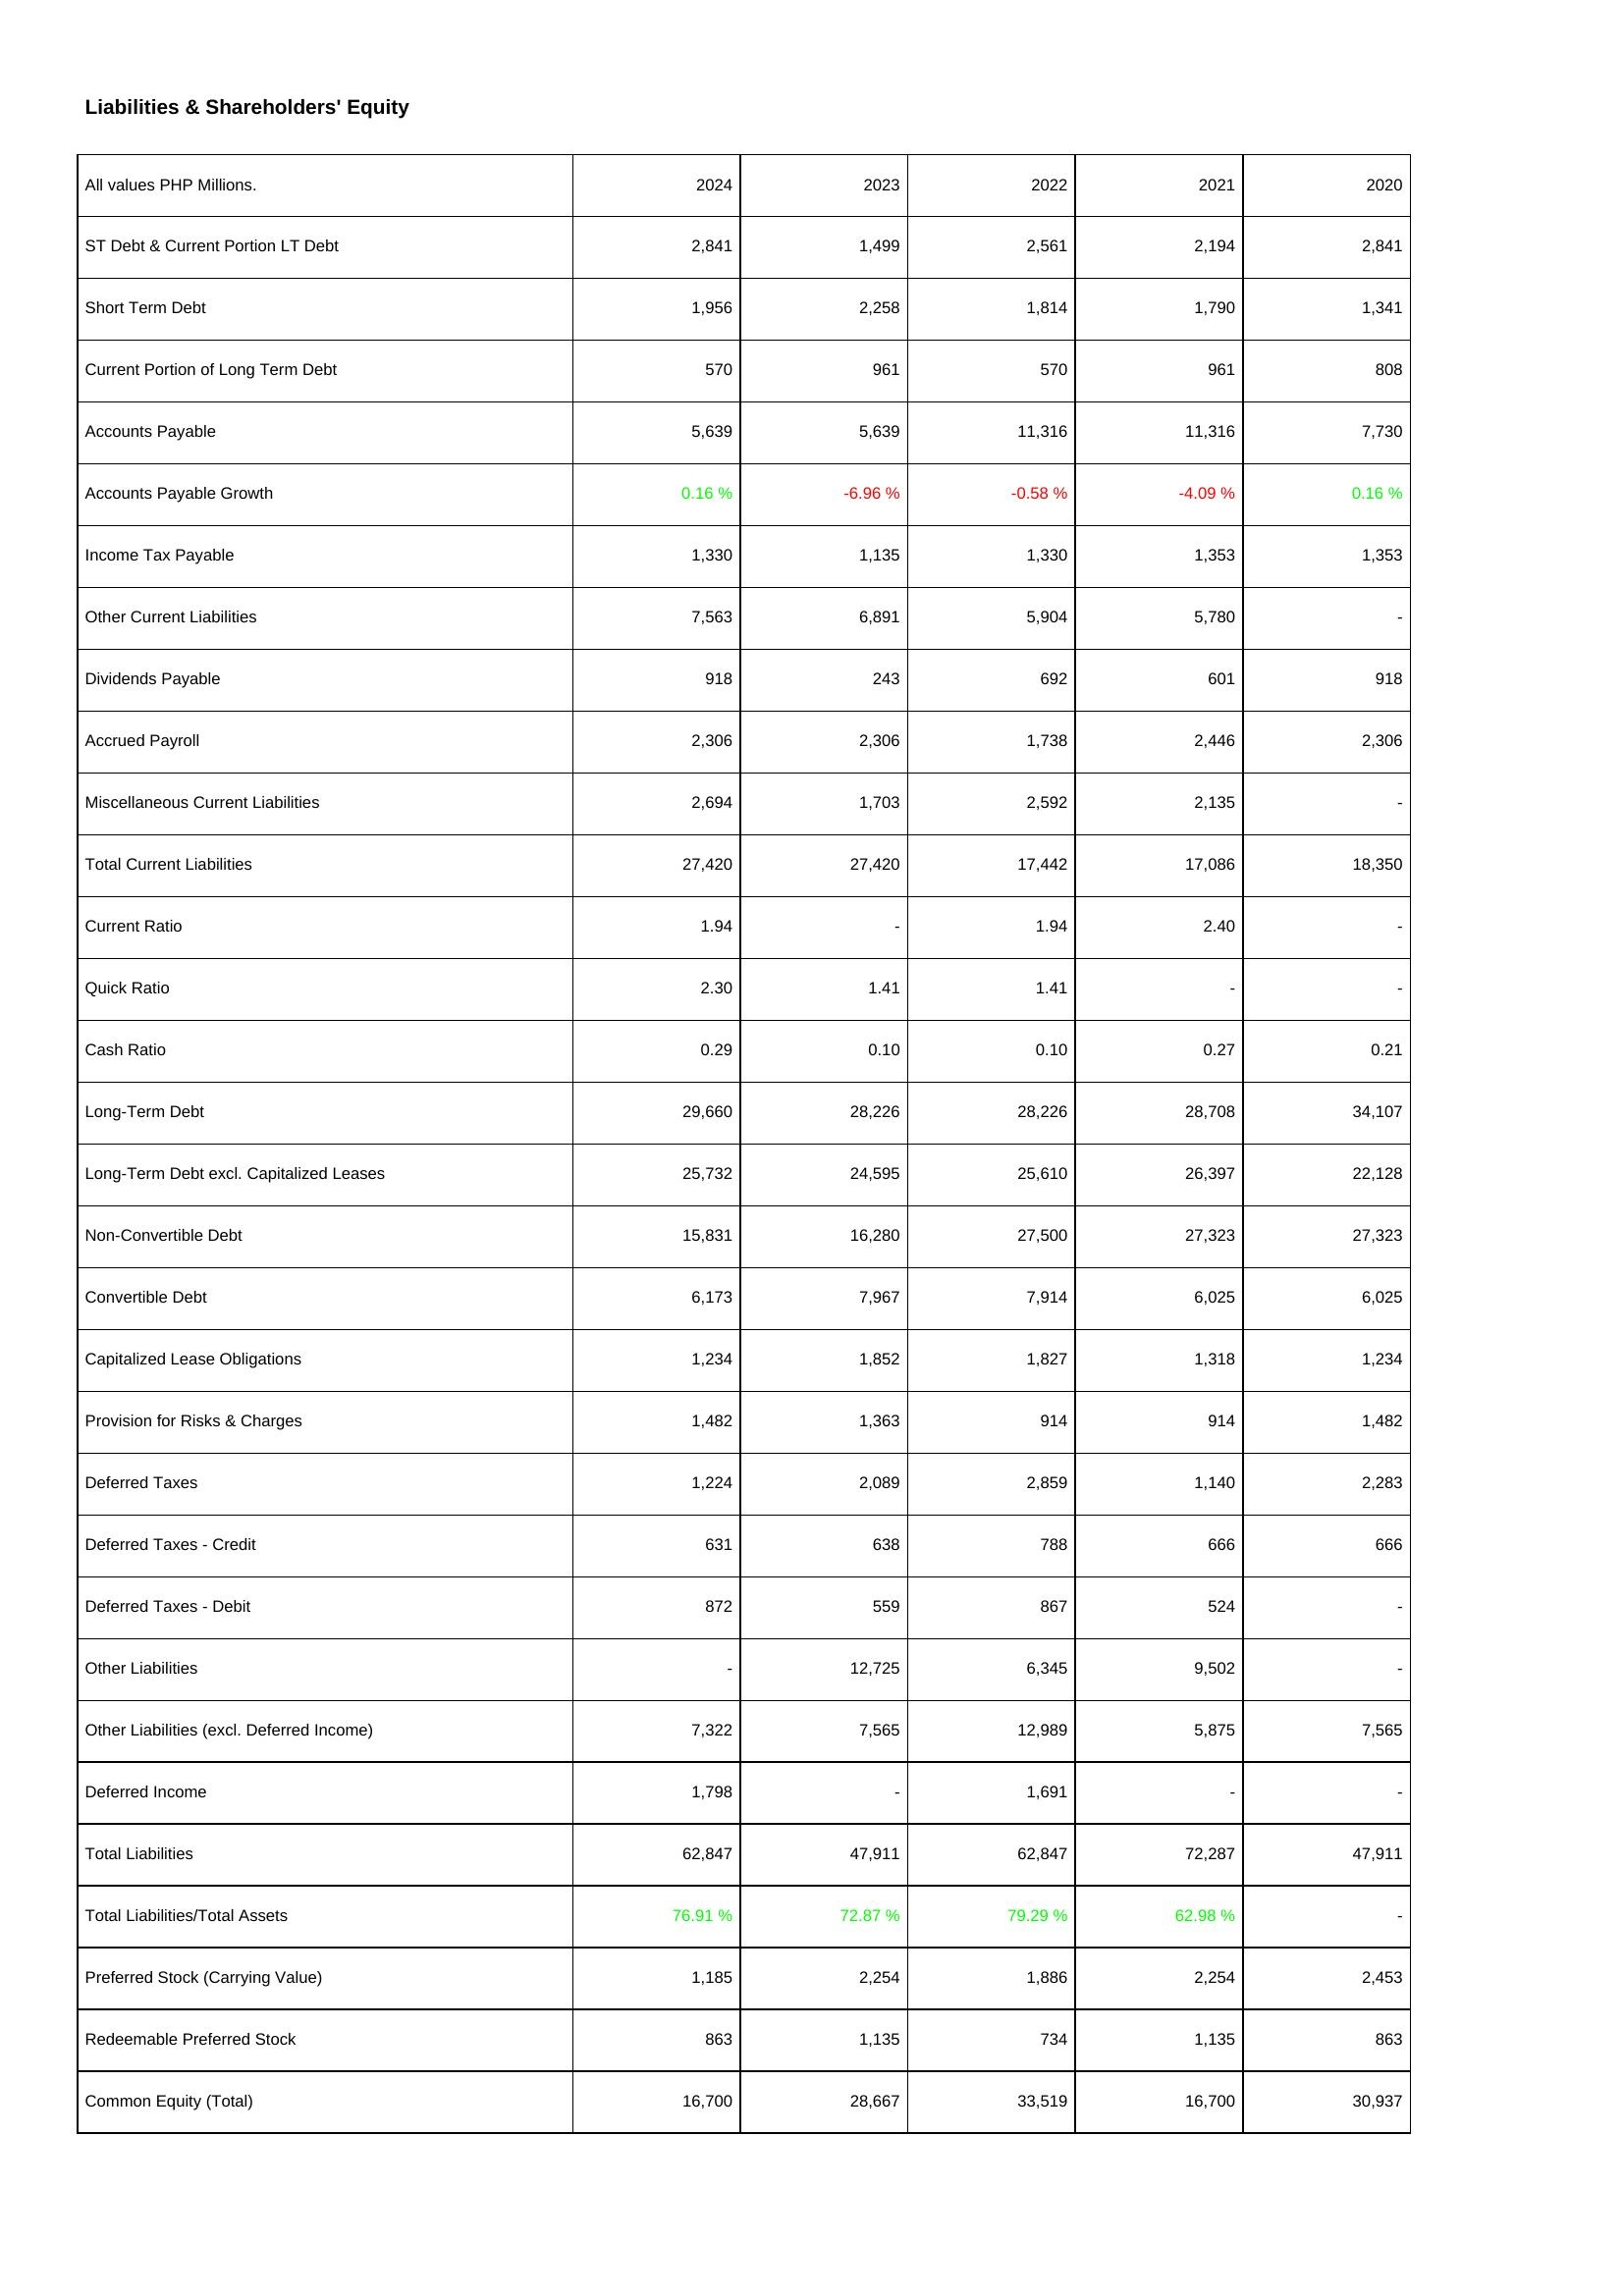
2024: Liabilities & Shareholders' Equity: ST Debt & Current Portion LT Debt: 2,841
Short Term Debt: 1,956
Current Portion of Long Term Debt: 570
Accounts Payable: 5,639
Accounts Payable Growth: 0.16 %
Income Tax Payable: 1,330
Other Current Liabilities: 7,563
Dividends Payable: 918
Accrued Payroll: 2,306
Miscellaneous Current Liabilities: 2,694
Total Current Liabilities: 27,420
Current Ratio: 1.94
Quick Ratio: 2.30
Cash Ratio: 0.29
Long-Term Debt: 29,660
Long-Term Debt excl. Capitalized Leases: 25,732
Non-Convertible Debt: 15,831
Convertible Debt: 6,173
Capitalized Lease Obligations: 1,234
Provision for Risks & Charges: 1,482
Deferred Taxes: 1,224
Deferred Taxes - Credit: 631
Deferred Taxes - Debit: 872
Other Liabilities: -
Other Liabilities (excl. Deferred Income): 7,322
Deferred Income: 1,798
Total Liabilities: 62,847
Total Liabilities/Total Assets: 76.91 %
Preferred Stock (Carrying Value): 1,185
Redeemable Preferred Stock: 863
Common Equity (Total): 16,700
2023: Liabilities & Shareholders' Equity: ST Debt & Current Portion LT Debt: 1,499
Short Term Debt: 2,258
Current Portion of Long Term Debt: 961
Accounts Payable: 5,639
Accounts Payable Growth: -6.96 %
Income Tax Payable: 1,135
Other Current Liabilities: 6,891
Dividends Payable: 243
Accrued Payroll: 2,306
Miscellaneous Current Liabilities: 1,703
Total Current Liabilities: 27,420
Current Ratio: -
Quick Ratio: 1.41
Cash Ratio: 0.10
Long-Term Debt: 28,226
Long-Term Debt excl. Capitalized Leases: 24,595
Non-Convertible Debt: 16,280
Convertible Debt: 7,967
Capitalized Lease Obligations: 1,852
Provision for Risks & Charges: 1,363
Deferred Taxes: 2,089
Deferred Taxes - Credit: 638
Deferred Taxes - Debit: 559
Other Liabilities: 12,725
Other Liabilities (excl. Deferred Income): 7,565
Deferred Income: -
Total Liabilities: 47,911
Total Liabilities/Total Assets: 72.87 %
Preferred Stock (Carrying Value): 2,254
Redeemable Preferred Stock: 1,135
Common Equity (Total): 28,667
2022: Liabilities & Shareholders' Equity: ST Debt & Current Portion LT Debt: 2,561
Short Term Debt: 1,814
Current Portion of Long Term Debt: 570
Accounts Payable: 11,316
Accounts Payable Growth: -0.58 %
Income Tax Payable: 1,330
Other Current Liabilities: 5,904
Dividends Payable: 692
Accrued Payroll: 1,738
Miscellaneous Current Liabilities: 2,592
Total Current Liabilities: 17,442
Current Ratio: 1.94
Quick Ratio: 1.41
Cash Ratio: 0.10
Long-Term Debt: 28,226
Long-Term Debt excl. Capitalized Leases: 25,610
Non-Convertible Debt: 27,500
Convertible Debt: 7,914
Capitalized Lease Obligations: 1,827
Provision for Risks & Charges: 914
Deferred Taxes: 2,859
Deferred Taxes - Credit: 788
Deferred Taxes - Debit: 867
Other Liabilities: 6,345
Other Liabilities (excl. Deferred Income): 12,989
Deferred Income: 1,691
Total Liabilities: 62,847
Total Liabilities/Total Assets: 79.29 %
Preferred Stock (Carrying Value): 1,886
Redeemable Preferred Stock: 734
Common Equity (Total): 33,519
2021: Liabilities & Shareholders' Equity: ST Debt & Current Portion LT Debt: 2,194
Short Term Debt: 1,790
Current Portion of Long Term Debt: 961
Accounts Payable: 11,316
Accounts Payable Growth: -4.09 %
Income Tax Payable: 1,353
Other Current Liabilities: 5,780
Dividends Payable: 601
Accrued Payroll: 2,446
Miscellaneous Current Liabilities: 2,135
Total Current Liabilities: 17,086
Current Ratio: 2.40
Quick Ratio: -
Cash Ratio: 0.27
Long-Term Debt: 28,708
Long-Term Debt excl. Capitalized Leases: 26,397
Non-Convertible Debt: 27,323
Convertible Debt: 6,025
Capitalized Lease Obligations: 1,318
Provision for Risks & Charges: 914
Deferred Taxes: 1,140
Deferred Taxes - Credit: 666
Deferred Taxes - Debit: 524
Other Liabilities: 9,502
Other Liabilities (excl. Deferred Income): 5,875
Deferred Income: -
Total Liabilities: 72,287
Total Liabilities/Total Assets: 62.98 %
Preferred Stock (Carrying Value): 2,254
Redeemable Preferred Stock: 1,135
Common Equity (Total): 16,700
2020: Liabilities & Shareholders' Equity: ST Debt & Current Portion LT Debt: 2,841
Short Term Debt: 1,341
Current Portion of Long Term Debt: 808
Accounts Payable: 7,730
Accounts Payable Growth: 0.16 %
Income Tax Payable: 1,353
Other Current Liabilities: -
Dividends Payable: 918
Accrued Payroll: 2,306
Miscellaneous Current Liabilities: -
Total Current Liabilities: 18,350
Current Ratio: -
Quick Ratio: -
Cash Ratio: 0.21
Long-Term Debt: 34,107
Long-Term Debt excl. Capitalized Leases: 22,128
Non-Convertible Debt: 27,323
Convertible Debt: 6,025
Capitalized Lease Obligations: 1,234
Provision for Risks & Charges: 1,482
Deferred Taxes: 2,283
Deferred Taxes - Credit: 666
Deferred Taxes - Debit: -
Other Liabilities: -
Other Liabilities (excl. Deferred Income): 7,565
Deferred Income: -
Total Liabilities: 47,911
Total Liabilities/Total Assets: -
Preferred Stock (Carrying Value): 2,453
Redeemable Preferred Stock: 863
Common Equity (Total): 30,937